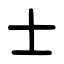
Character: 士